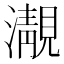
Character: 㵾